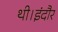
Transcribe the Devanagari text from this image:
थी।इंदौर